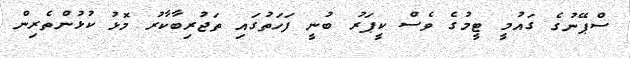
ސްޕޭނުގެ ގައުމީ ޓީމުގެ ވެސް ކީޕަރު ބުނީ ފަހަތުގައި ތަޖުރިބާކާރު މޮޅު ކުޅުންތެރިން